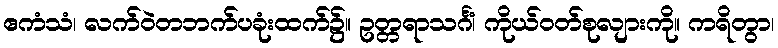
ဧကံသံ၊ လက်ဝဲတဘက်ပခုံးထက်၌။ ဥတ္တရာသင်္ဂံ၊ ကိုယ်ဝတ်စုလျားကို။ ကရိတွာ၊